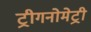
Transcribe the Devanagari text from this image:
ट्रीगनोमेट्री